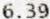
6.39